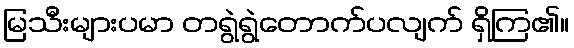
မြသီးများပမာ တရွဲရွဲတောက်ပလျက် ရှိကြ၏။